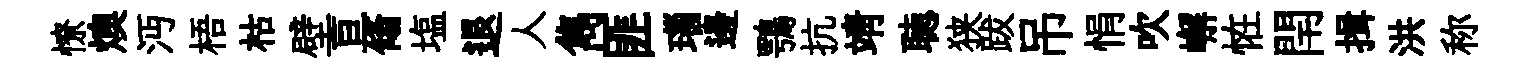
憭燠沔梧枯壁亘翛塩退人雋匪瑙邊鶚抗靖聴狭跋吊悁吹嶰恠閈揖洪称